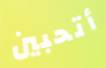
أتحبين